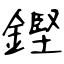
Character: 鏗